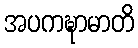
အပကဍ္ဎာမာတိ